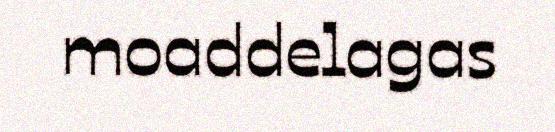
moaddelagas